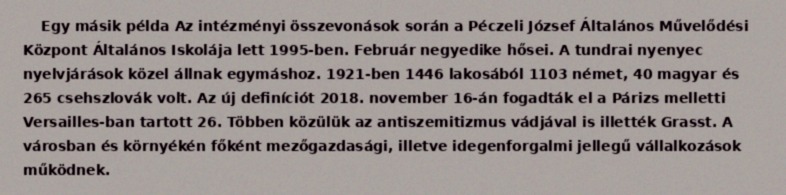
Egy másik példa Az intézményi összevonások során a Péczeli József Általános Művelődési Központ Általános Iskolája lett 1995-ben. Február negyedike hősei. A tundrai nyenyec nyelvjárások közel állnak egymáshoz. 1921-ben 1446 lakosából 1103 német, 40 magyar és 265 csehszlovák volt. Az új definíciót 2018. november 16-án fogadták el a Párizs melletti Versailles-ban tartott 26. Többen közülük az antiszemitizmus vádjával is illették Grasst. A városban és környékén főként mezőgazdasági, illetve idegenforgalmi jellegű vállalkozások működnek.